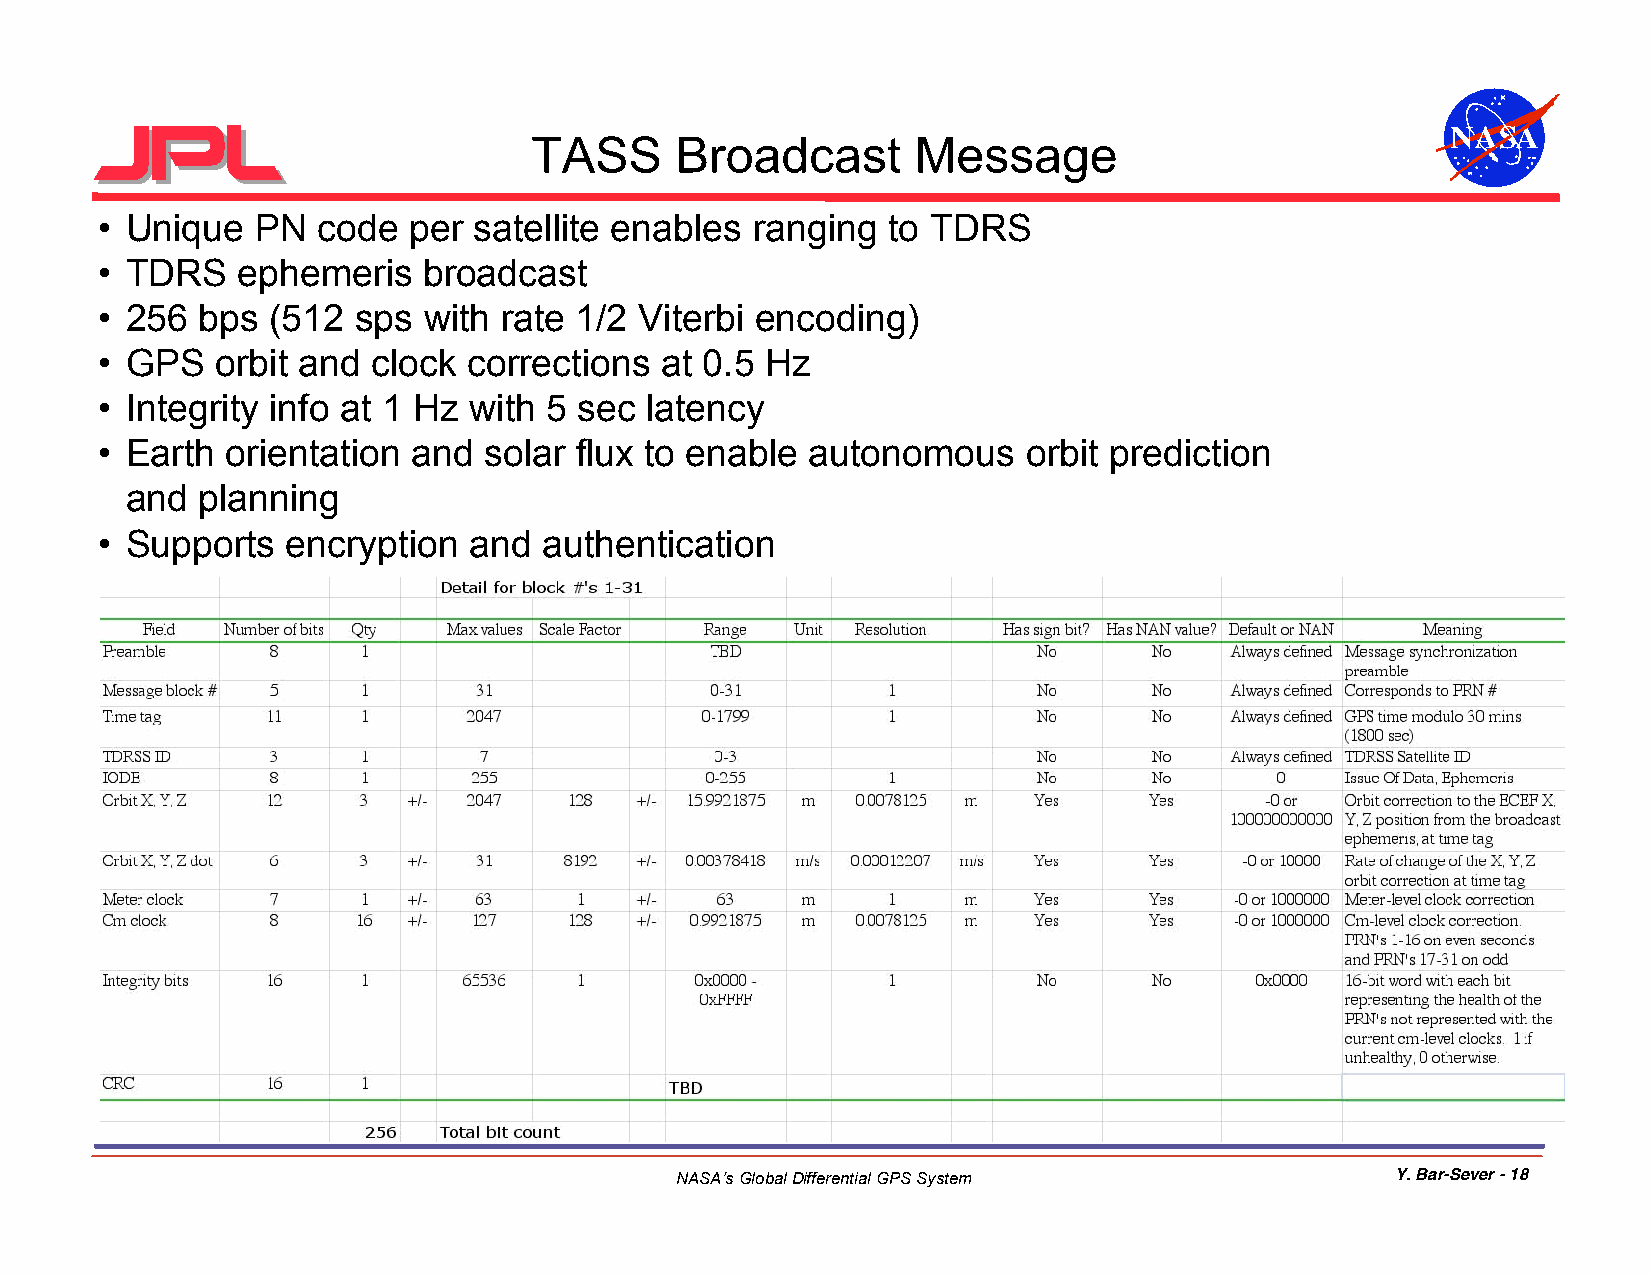
NASA
 TASS      Broadcast       Message
 • Unique   PN  code  per satellite enables  ranging  to TDRS
 • TDRS    ephemeris   broadcast
 • 256  bps  (512 sps  with rate 1/2 Viterbi encoding)
 • GPS   orbit and  clock corrections  at 0.5 Hz
 • Integrity info at 1 Hz with 5 sec  latency
 • Earth  orientation and  solar flux to enable  autonomous    orbit prediction
 and  planning
 • Supports   encryption  and  authentication
 NASA’s Global Differential GPS System          Y. Bar-Sever - 18